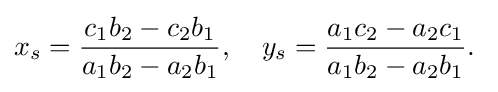
x_{s}={\frac {c_{1}b_{2}-c_{2}b_{1}}{a_{1}b_{2}-a_{2}b_{1}}},\quad y_{s}={\frac {a_{1}c_{2}-a_{2}c_{1}}{a_{1}b_{2}-a_{2}b_{1}}}.\